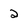
Character: 2